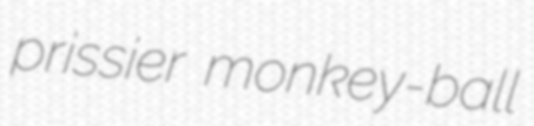
prissier monkey-ball